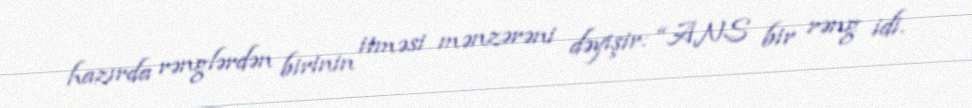
hazırda rənglərdən birinin itməsi mənzərəni dəyişir: “ANS bir rəng idi.